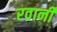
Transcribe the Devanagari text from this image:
रवानी